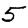
Digit: 5